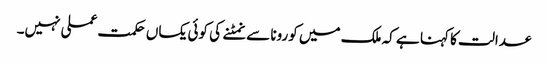
عدالت کا کہنا ہے کہ ملک میں کورونا سے نمٹنے کی کوئی یکساں حکمت عملی نہیں۔